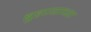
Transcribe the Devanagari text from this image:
बुडण्याच्या